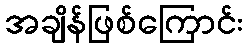
အချိန်ဖြစ်ကြောင်း